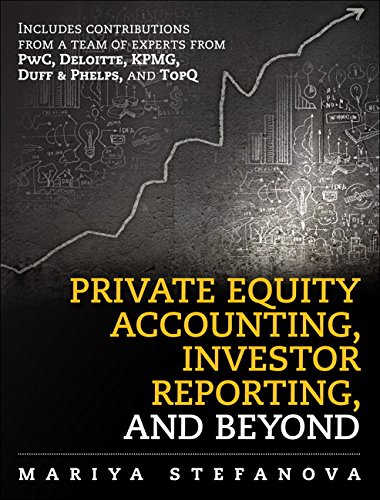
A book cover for Private Equity Accounting, Investor Reporting, and Beyond; Mariya Stefanova; Computers & Technology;